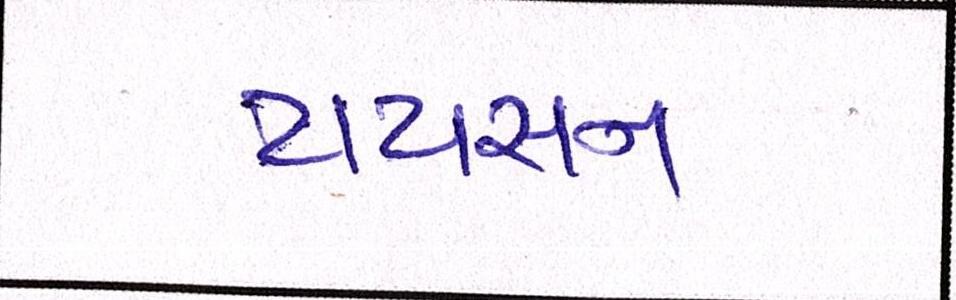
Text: ટાયસન